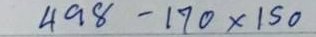
498 - 170 x 150